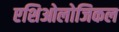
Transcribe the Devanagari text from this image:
एशिओलोजिकल